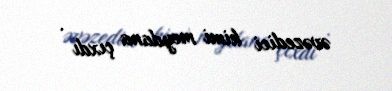
əvəzedici kimi meydana çıxdı .